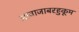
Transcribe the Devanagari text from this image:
आवाजाबरहुकूम